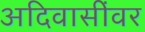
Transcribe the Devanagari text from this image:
अदिवासींवर